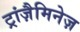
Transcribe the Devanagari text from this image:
ट्रांज़ैमिनेज़